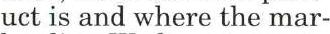
uct is and where the mar-